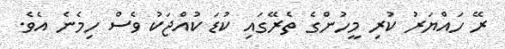
ރޭ ހައްޔަރު ކުރި މީހުންގެ ތެރޭގައި ކުޑަ ކުއްޖަކު ވެސް ހިމެނެ އެވެ.